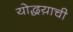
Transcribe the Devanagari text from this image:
योद्धय़ाची